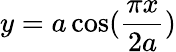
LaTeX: y=a\cos({\frac{\pi x}{2a}})